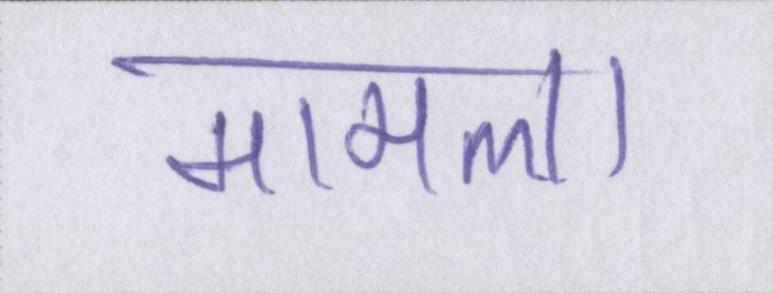
मामला